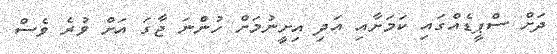
ދަށް ސްޕީޑެއްގައި ކަމަށާއި އަދި އިށީނުމަށް ހުންނަ ޖާގަ އަށް ވުރެ ވެސް